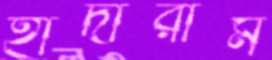
হাঁদারাম